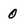
Character: 0